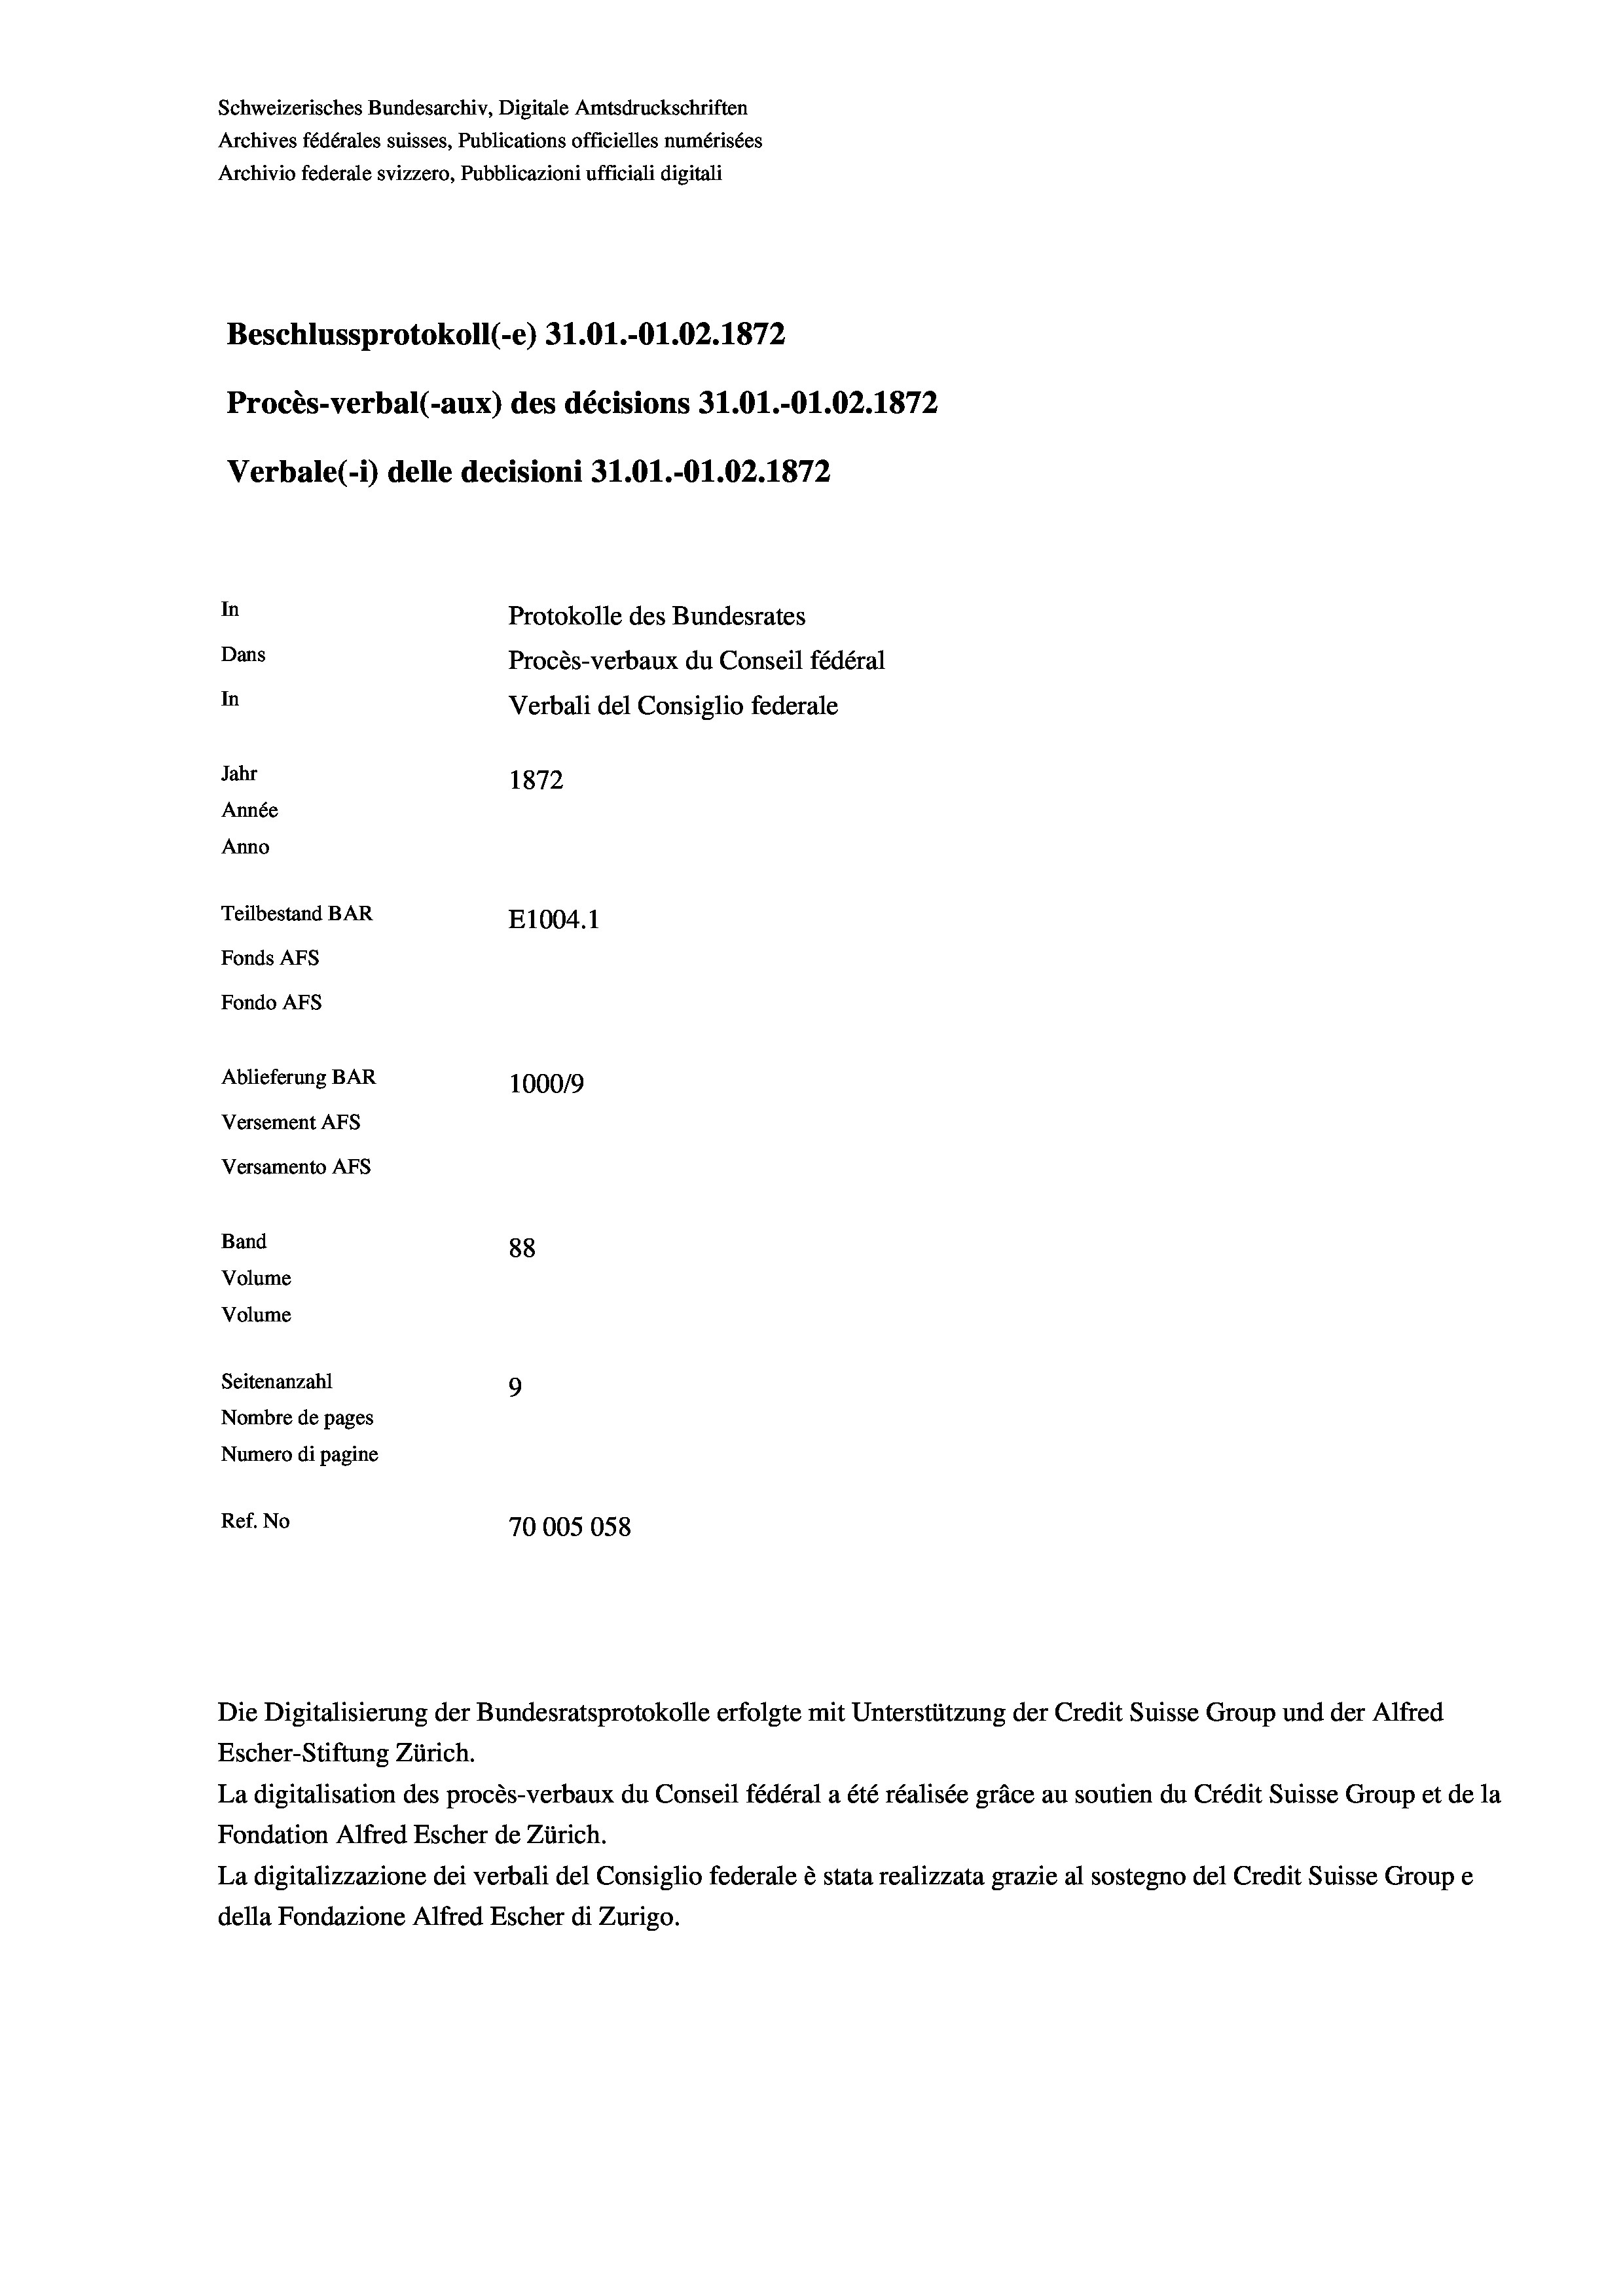
Schweizerisches Bundesarchiv, Digitale Amtsdruckschriften
Archives fédérales suisses, Publications officielles numérisées
Archivio federale svizzero, Pubblicazioni ufficiali digitali
Beschlussprotokoll (-e) 31.01.-O1.02. 1872
Procès-verbal (-aux) des décisions 31.01.-O1.02. 1872
Verbale (i) delle decisioni 31.01.-Ol.02. 1872
In
Protokolle des Bundesrates
Dans
Procès-verbaux du Conseil fédéral
In
Verbali del Consiglio federale
Jahr
1872
Année
Anno
Teilbestand BAR
E1004. 1
Fonds Afs
Fondo AFS
Ablieferung BAR
100019
Versement AFs
Versamento Afs
Band
88
Volume
Volume
Seitenanzahl
9
Nombre de pages
Numero di pagine
Ref. No
70005058

Escher-Stiftung Zürich.
La digitalisation des procès-verbaux du Conseil fédéral a été réalisée gräce au soutien du Crédit Suisse Group et de la
Fondation Alfred Escher de Zürich.
La digitalizzazione dei verbali del Consiglio federale è stata realizzata grazie al sostegno del Credit Suisse Groupe
della Fondazione Alfred Escher di Zurigo.

Die Digitalisierung der Bundesratsprotokolle erfolgte mit Unterstützung der Credit Suisse Group und der Alfred